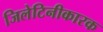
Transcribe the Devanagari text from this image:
जिलेटिनीकारक